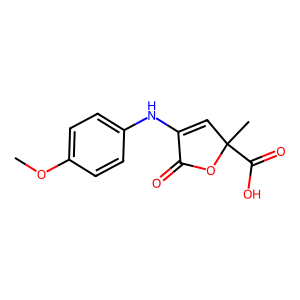
SMILES: COc1ccc(NC2=CC(C)(C(=O)O)OC2=O)cc1
Inhibits HIV replication: No